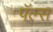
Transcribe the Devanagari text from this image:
पॅल्स